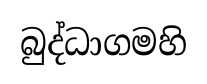
බුද්ධාගමහි